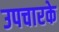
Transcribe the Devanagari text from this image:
उपचारके